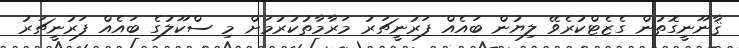
ޤާނޫނީގޮތުން ގެޒެޓްކުރެވޭ ލިޔުން ބައެއް ފަރުނީޗަރު މަރާމާތުކުރުމަށް މި ސްކޫލުގެ ބައެއް ފަރުނީޗަރު